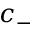
c _ { - }